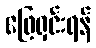
ဖြေရှင်းရန်